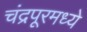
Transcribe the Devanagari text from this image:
चंद्रपूरमध्ये